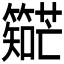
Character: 𬕼